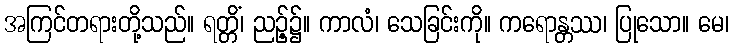
အကြင်တရားတို့သည်။ ရတ္တိံ၊ ညဉ့်၌။ ကာလံ၊ သေခြင်းကို။ ကရောန္တဿ၊ ပြုသော။ မေ၊